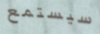
سيستمع